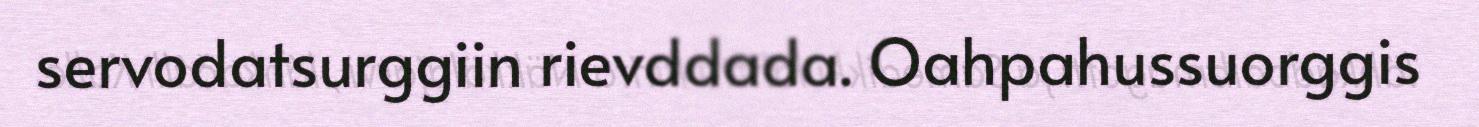
servodatsurggiin rievddada. Oahpahussuorggis